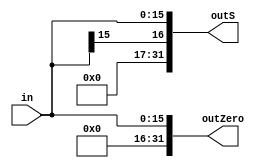
module signExt(input [15:0]in, output [31:0] outS, output [31:0] outZero);
  assign outS[15:0] = in[15:0];
  assign outS[31:16] = in[15];
  assign outZero[15:0] = in[15:0];
  assign outZero[31:16] = 16'h0000;
  
endmodule